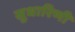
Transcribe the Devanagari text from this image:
सुधारिणी